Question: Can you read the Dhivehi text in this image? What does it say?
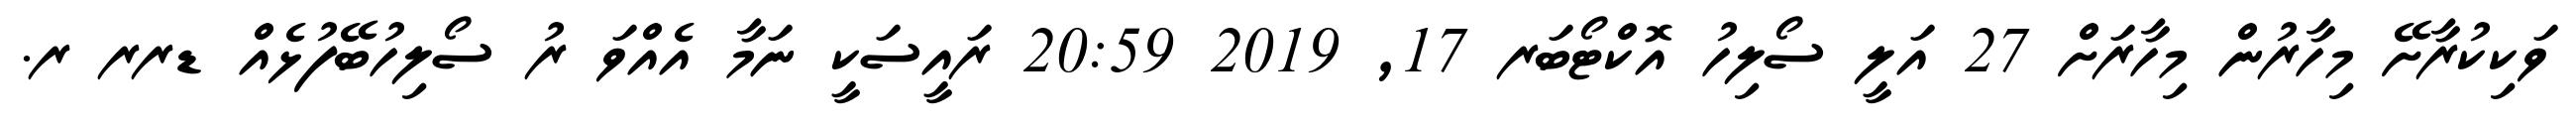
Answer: ވަކިކުރާށޭ މިހާރުން މިހާރަށް 27 އަލީ ސޯލިހު އޮކްޓޯބަރ 17, 2019 20:59 ރައީސަކީ ނަމާ އެއްވަ ރު ސޯލިހުބޭފުޅެއް ޑރރ ރ.